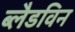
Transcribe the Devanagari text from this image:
ब्लैडविन